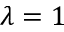
\lambda = 1